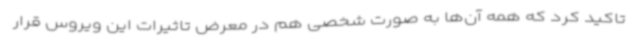
تاکید کرد که همه آن‌ها به صورت شخصی هم در معرض تاثیرات این ویروس قرار